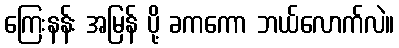
ကြေးနန်း အမြန် ပို့ ခကကော ဘယ်လောက်လဲ။